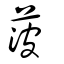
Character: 菠